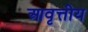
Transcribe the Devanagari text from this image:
आवृत्तीय